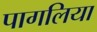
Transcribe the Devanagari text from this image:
पागलिया